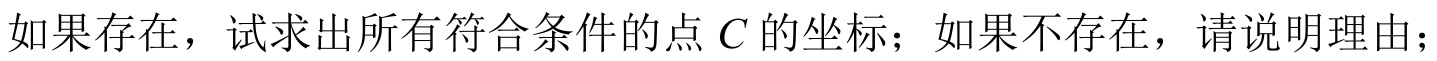
如果存在，试求出所有符合条件的点\(C\)的坐标；如果不存在，请说明理由；